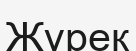
Жүрек